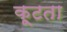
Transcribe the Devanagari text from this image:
कूटता